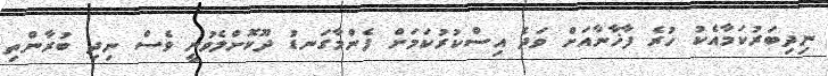
ނިދިބަރުކަމާއެކު ހުރެ ފާޚާނާއަށް ވަދެ އިސްކުރުކަމަށް ފެންމާގަނޑު ދޫކޮށްލެވުނީ ވެސް ނިދި ބުރާންތި